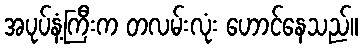
အပုပ်နံ့ကြီးက တလမ်းလုံး ဟောင်နေသည်။